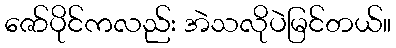
ဇော်ပိုင်ကလည်း အဲသလိုပဲမြင်တယ်။